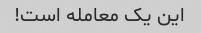
این یک معامله است!